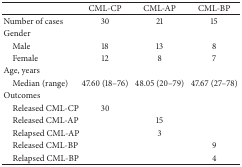
<table><thead><tr><td><b> </b></td><td><b>CML-CP</b></td><td><b>CML-AP</b></td><td><b>CML-BP</b></td></tr></thead><tbody><tr><td>Number of cases</td><td>30</td><td>21</td><td>15</td></tr><tr><td>Gender</td><td> </td><td> </td><td> </td></tr><tr><td> Male</td><td>18</td><td>13</td><td>8</td></tr><tr><td> Female</td><td>12</td><td>8</td><td>7</td></tr><tr><td>Age, years</td><td> </td><td> </td><td> </td></tr><tr><td> Median (range)</td><td>47.60 (18–76)</td><td>48.05 (20–79)</td><td>47.67 (27–78)</td></tr><tr><td>Outcomes</td><td> </td><td> </td><td> </td></tr><tr><td> Released CML-CP</td><td>30</td><td> </td><td> </td></tr><tr><td> Released CML-AP</td><td> </td><td>15</td><td> </td></tr><tr><td> Relapsed CML-AP</td><td> </td><td>3</td><td> </td></tr><tr><td> Released CML-BP</td><td> </td><td> </td><td>9</td></tr><tr><td> Relapsed CML-BP</td><td> </td><td> </td><td>4</td></tr></tbody></table>